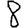
Digit: 8